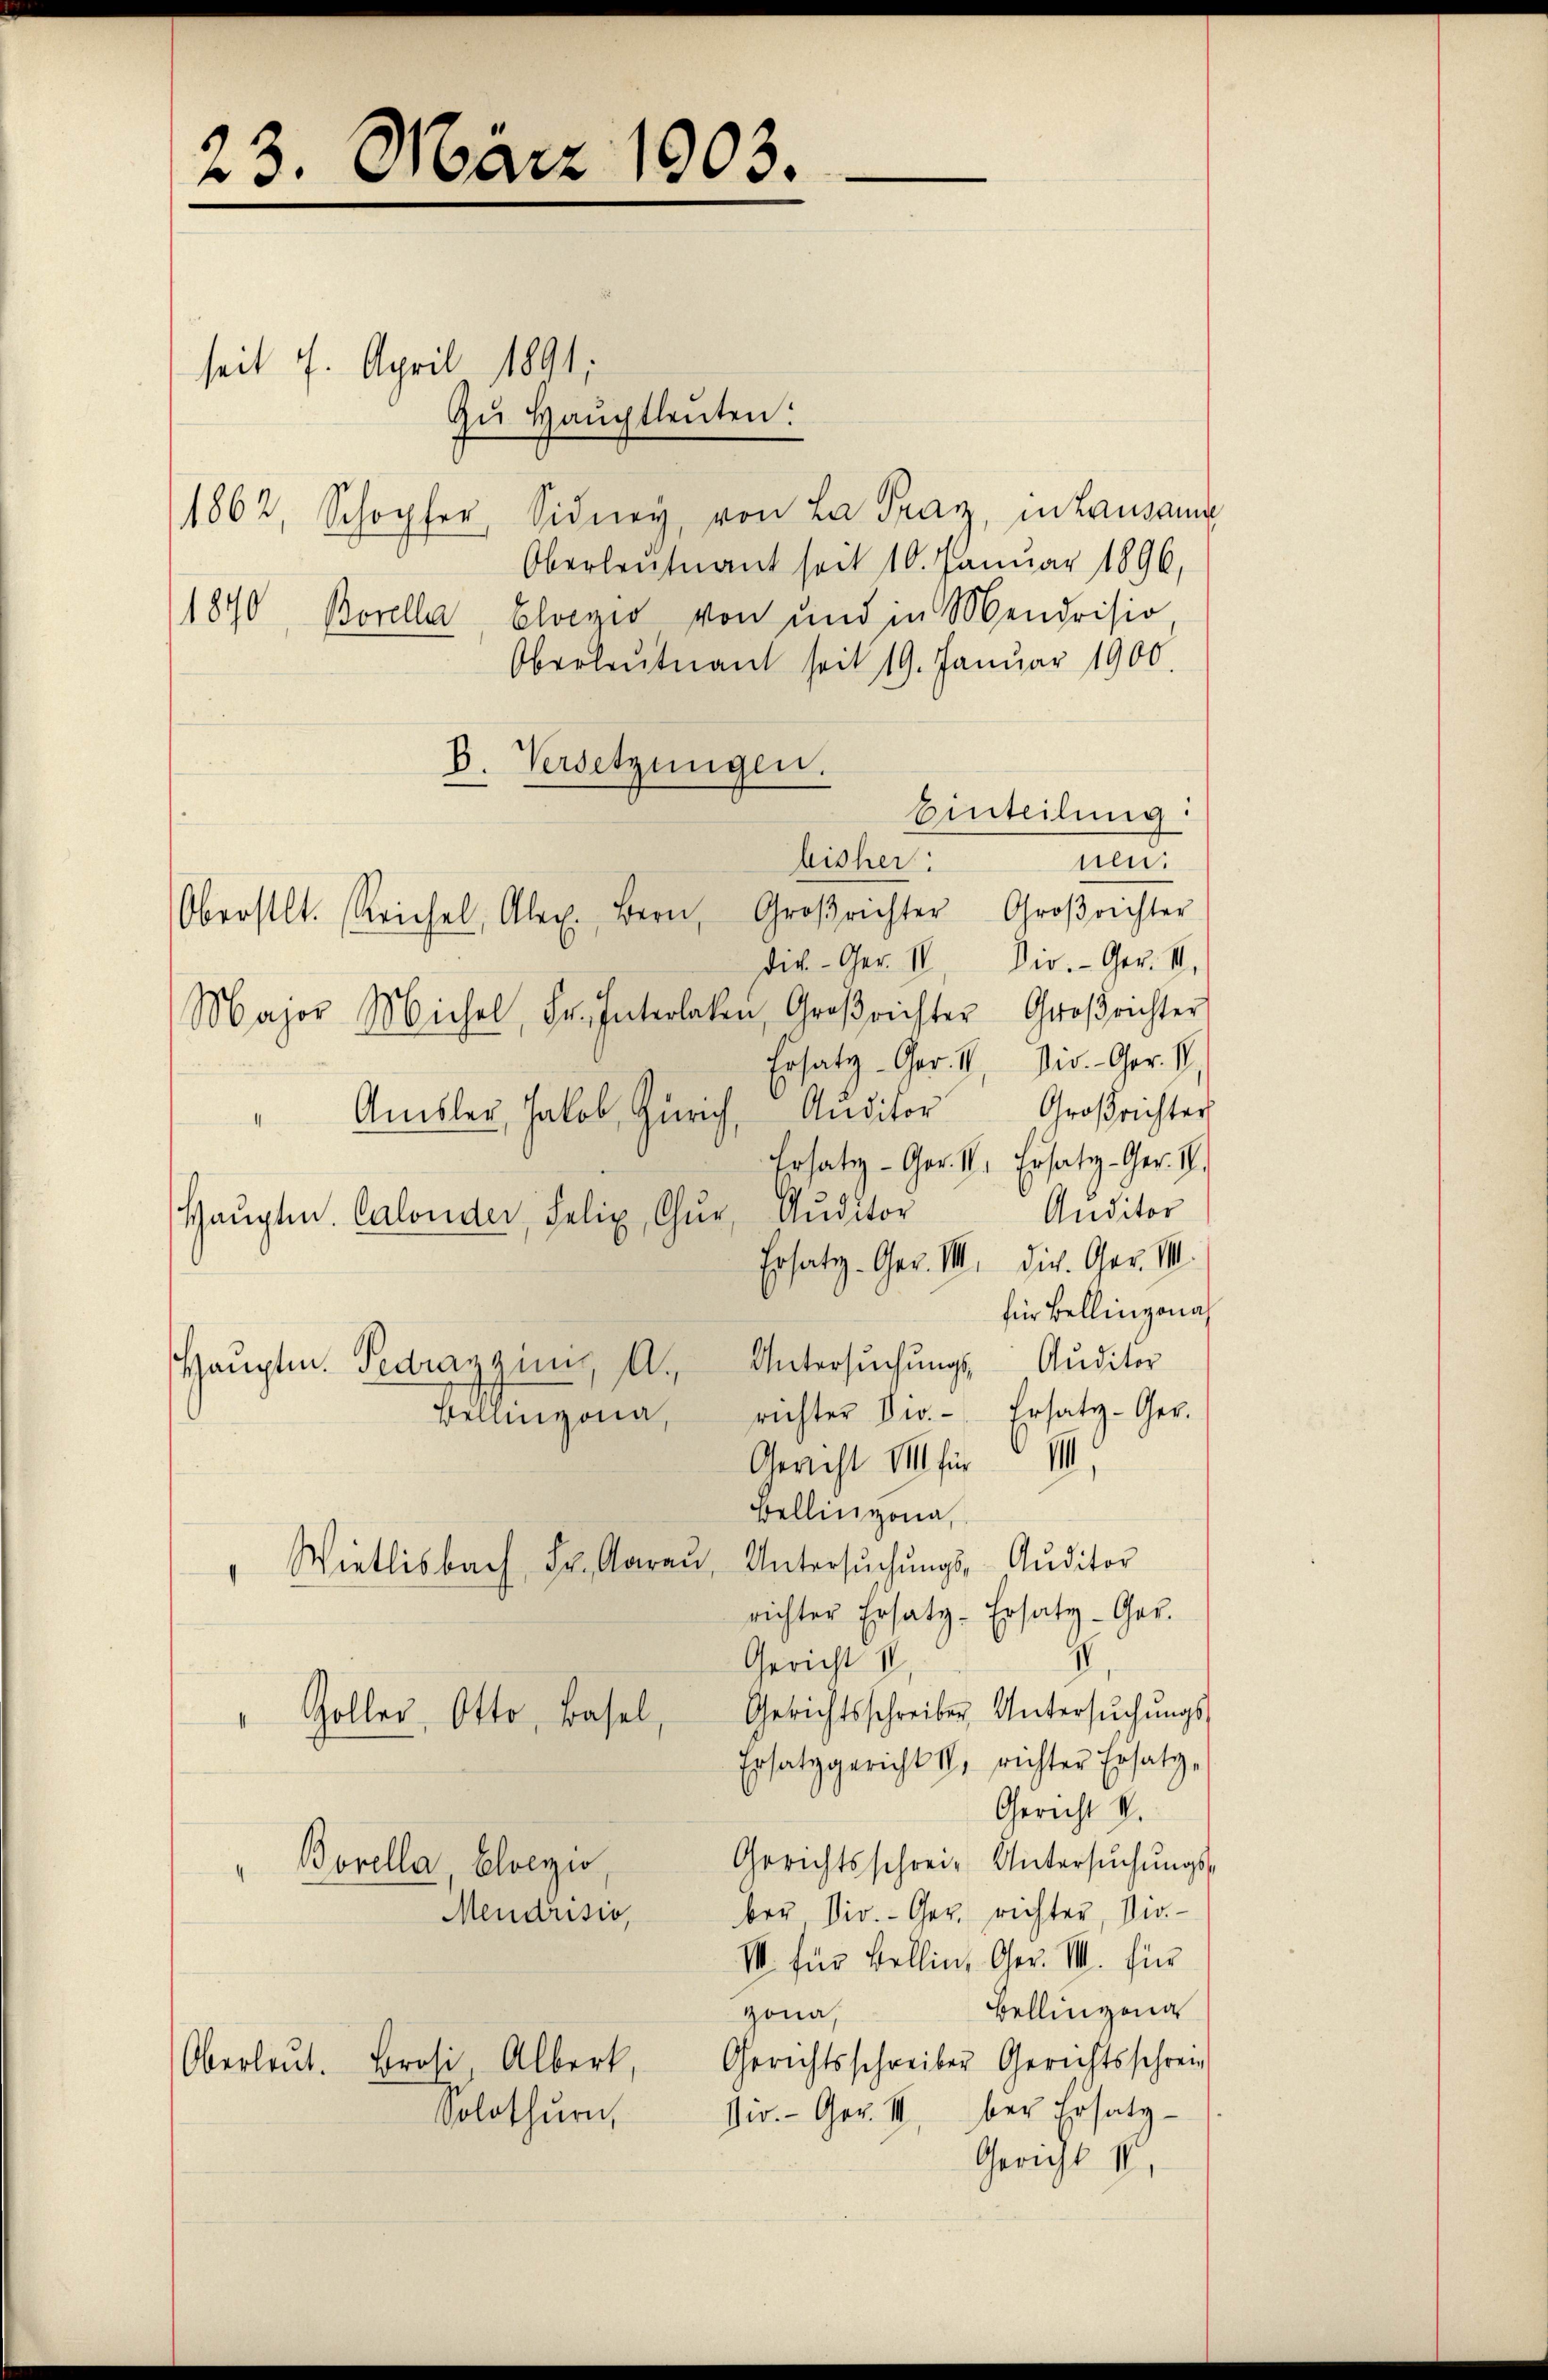
23. März 1903.

4
Haŭptm. Calonder, Felix, Chur, Auditor
Hauptm. Fedragini, A.
Bellinzona,

1862, Schopfer, Sidney, von La Prag, in Lausann
Oberleutnant seit 10. Januar 1896,
1840, Borella, Elegio von und in Mendrisio
Oberleutnant seit 19. Januar 1900.
B. Versetzungen.
Einteilung:
und
die-Ger. II. Dir. Ger. II,
Major Michel, Fr. Interlaken, Großrichter Großrichter
Ersatz-Ger. V. Div.-Ger. VI,
Amsler, Jakob Zürich, Auditor Großrichter
Ersatz-Ger. H. Ersatz-Ger. I.
Anditor
Ersatz-Ger. III. Die Ger. VII.
für Bellinzona
Untersŭchŭngs Auditor
richter Dir. - Ersatz-Ger.
Gericht VIII für
Bellinzona,
Wietlisbach Fr. Aarau, Untersŭchŭngs- Auditor
1
richter Ersatz-Ersatz-Ger.
Gericht I
Gerichtsschreiber Untersŭchŭngs-
"Goller, Otto, Basel,
Ersatzgericht II, richter Ersatz-
Gericht V.
Gerichtsschrei-Untersŭchŭngs-
Borella, Elvenzio,
4
ber Dir. - Ger. richter, Vio¬
Mendrisio,
III. für Bellin, Oser. M. für
Bellinzona
Hona,
Gerichtsschreiber Gerichtsschrein
Oberleut. Brosi, Albert,
Vir. Ger. II. bei Ersatz-
Solothurn,
Gericht II.

seit 7. April 1891
Zŭ Haŭptleŭten:

bisher:
Oberstl. Reichel, Alex. Bern, Großrichter Großrichter